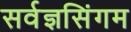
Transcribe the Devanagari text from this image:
सर्वज्ञसिंगम